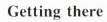
Getting there